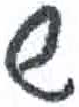
אות: ש